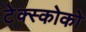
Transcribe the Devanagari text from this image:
टेक्स्कोको